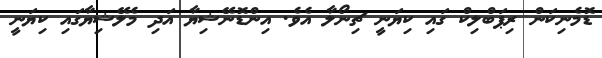
ޑޮމެނިކަން ރިޕަބްލިކް ގައި ކިޔަނީ ޗިނޯލާ އެވެ. އިންޑޮނޭޝިޔާ އަދި މެލޭޝިޔާގައި ކިޔަނީ